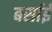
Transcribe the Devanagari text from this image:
बर्साई